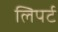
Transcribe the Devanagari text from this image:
लिपर्ट